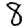
Digit: 8